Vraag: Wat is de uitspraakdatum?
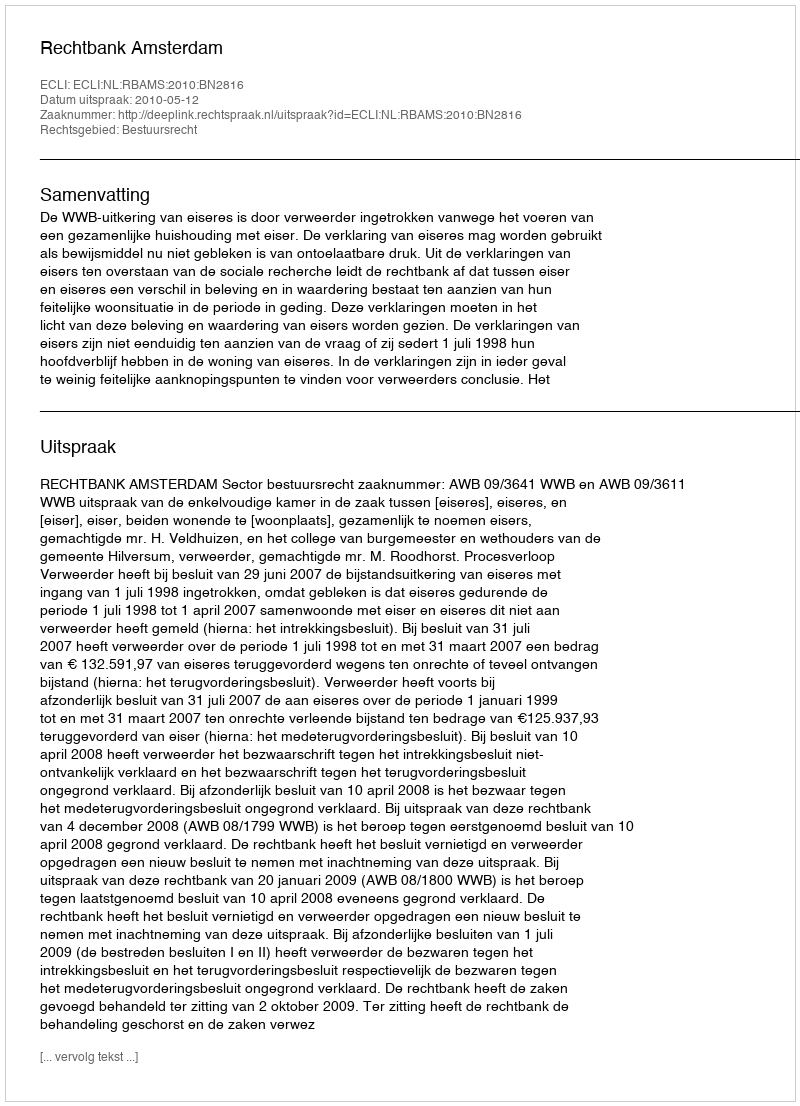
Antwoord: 2010-05-12